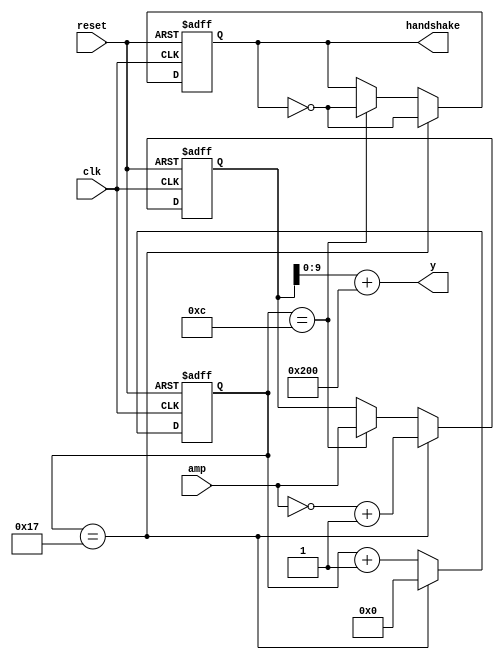
module DigSqareGen(
    input                   clk         ,
    input                   reset       ,
    input           [10:0]  amp         ,
    output          [9:0]   y           ,
    output  reg             handshake
);

reg [4:0] cnt;
reg [10:0] y_r;

assign y = y_r + 10'd512;
always @(posedge clk or posedge reset) begin
    if (reset) begin
        handshake <= 1'b0;
        y_r <=10'b0111111111;
    end
    else if (cnt == 5'd23) begin
        y_r  <= (~amp + 1);
        handshake <= ~handshake;
    end
    else if(cnt ==4'd12) begin
        y_r  <= amp;
        handshake <= ~handshake;
    end
end

always @(posedge clk or posedge reset) begin
    if (reset) begin
        cnt <= 5'd0;
    end
    else if (cnt == 5'd23) begin
        cnt <= 5'd0;
    end
    else begin
        cnt <= cnt + 1'd1;
    end
end




endmodule